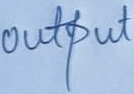
Text: output